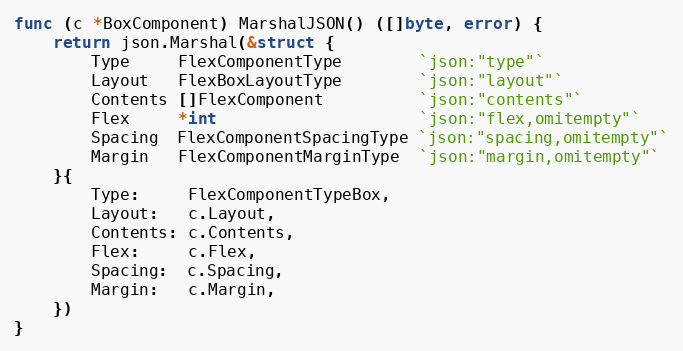
Language: Go
func (c *BoxComponent) MarshalJSON() ([]byte, error) {
	return json.Marshal(&struct {
		Type     FlexComponentType        `json:"type"`
		Layout   FlexBoxLayoutType        `json:"layout"`
		Contents []FlexComponent          `json:"contents"`
		Flex     *int                     `json:"flex,omitempty"`
		Spacing  FlexComponentSpacingType `json:"spacing,omitempty"`
		Margin   FlexComponentMarginType  `json:"margin,omitempty"`
	}{
		Type:     FlexComponentTypeBox,
		Layout:   c.Layout,
		Contents: c.Contents,
		Flex:     c.Flex,
		Spacing:  c.Spacing,
		Margin:   c.Margin,
	})
}